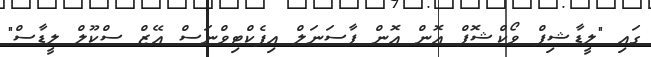
ގައި "ލީޑާޝިޕް ވޯކްޝޮޕް އޮން އޮން ޕާސަނަލް އިފެކްޓިވްނަސް އޭޒް ސްކޫލް ލީޑާސް"